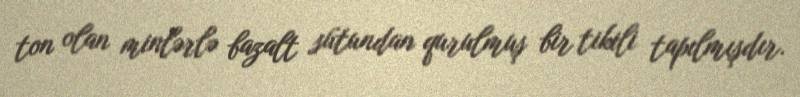
ton olan minlərlə bazalt sütundan qurulmuş bir tikili tapılmışdır.